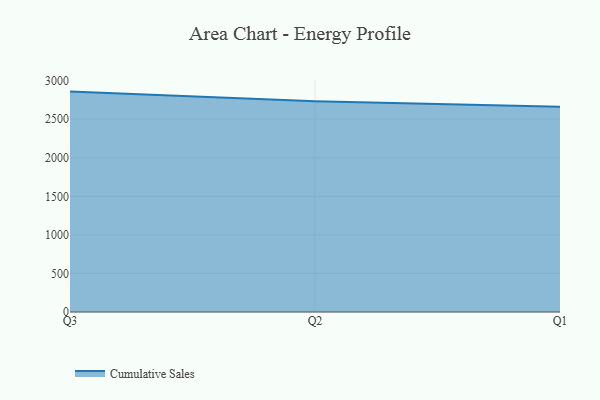
{"axis": {"x": "Quarter", "y": "Energy Usage (MWh)"}, "legend": ["Cumulative Sales"], "data": [{"x": "Q3", "y": 2857.7, "type": "Cumulative Sales"}, {"x": "Q2", "y": 2733.6, "type": "Cumulative Sales"}, {"x": "Q1", "y": 2659.7, "type": "Cumulative Sales"}]}